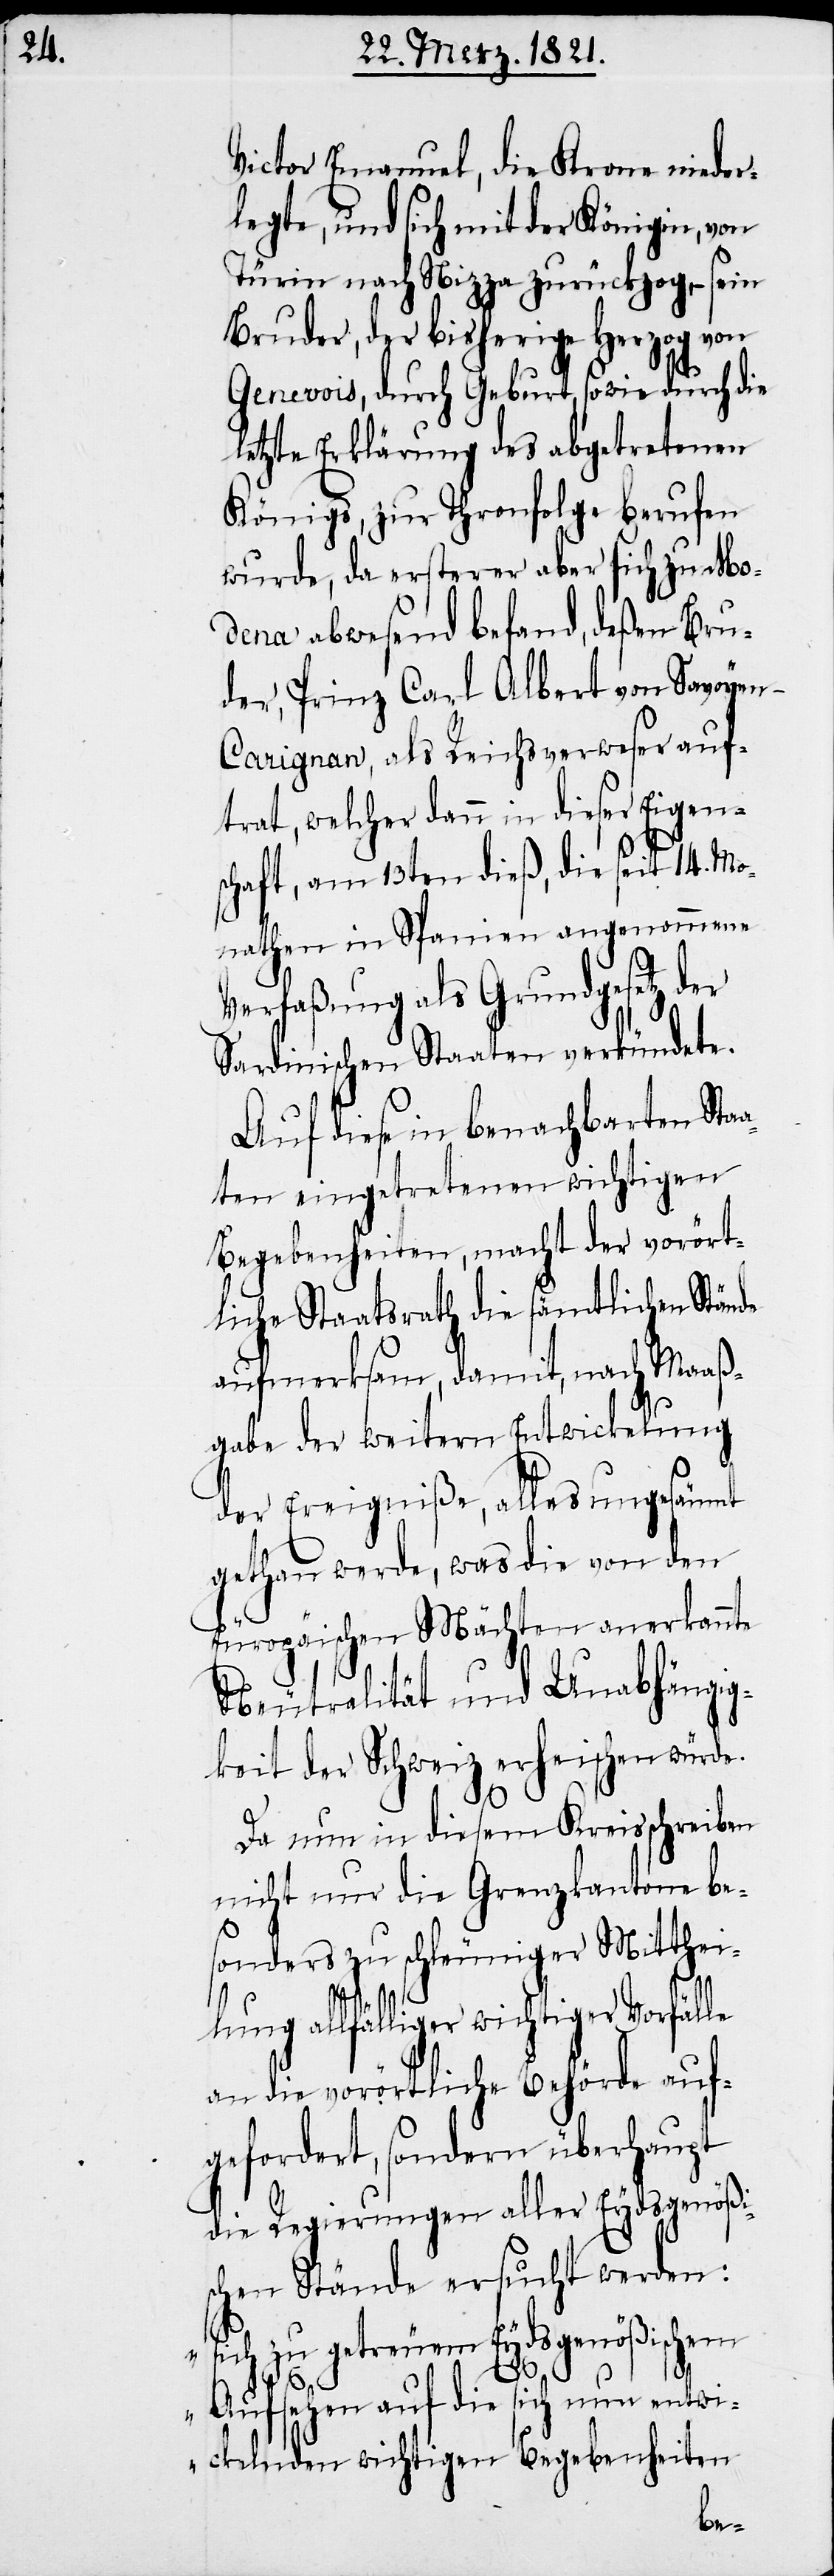
Victor Emanuel, die Krone nieder¬
legte, und sich mit der Königin, von
Turin nach Nizza zurückzog, – sein
Bruder, der bisherige Herzog von
Genevois, durch Geburt, sowie durch die
letzte Erklärung des abgetretenen
Königs, zur Thronfolge berufen
wurde, da ersterer aber sich zu Mo¬
dena abwesend befand, deßen Bru¬
der, Prinz Carl Albert von Savoye¬
n-Carignan, als Reichsverweser auf¬
trat, welcher dann in dieser Eigen¬
schaft, am 13ten dieß, die seit 14. Mo¬
nathen in Spanien angenommene
Verfaßung als Grundsatz der
Sardinischen Staaten verkündete.
Auf diese in benachbarten Sta¬
aten eingetretenen wichtigen
Begebenheiten, macht der vorör¬
tliche Staatsrath die sämtlichen Stände
aufmerksam, damit, nach Maaß¬
gabe der weitern Entwicklung
der Ereigniße, alles ungesäumt
gethan werde, was die von den
Europäischen Mächten anerkannte
Neutralität und Unabhängig¬
keit der Schweiz erheischen würde.
Da nun die in diesem Kreisschreiben
nicht nur die Grenzkantone be¬
sonders zu schleuniger Mitthei¬
ten
lung allfälliger wichtiger Vorfälle
an die vorörtliche Behörde auf¬
gefordert, sondern überhaupt
die Regierungen aller Eydsgenößi¬
schen Stände ersucht werden:
„sich zu getreuem Eydsgenößischen
Aufsehen auf die sich nun entwi¬
ckelnden wichtigen Begebenhei¬